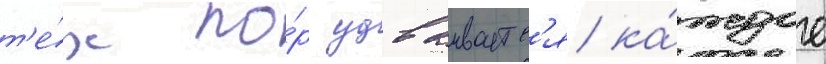
т'е́х по́р удваиваетс'я ка́ждое